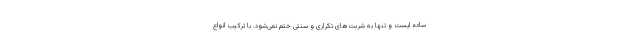
ساده ایست و تنها به شربت‌های تکراری و سنتی ختم نمی‌شود. با ترکیب انواع